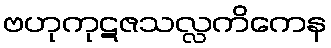
ဗဟုကုဋဇသလ္လကိကေန